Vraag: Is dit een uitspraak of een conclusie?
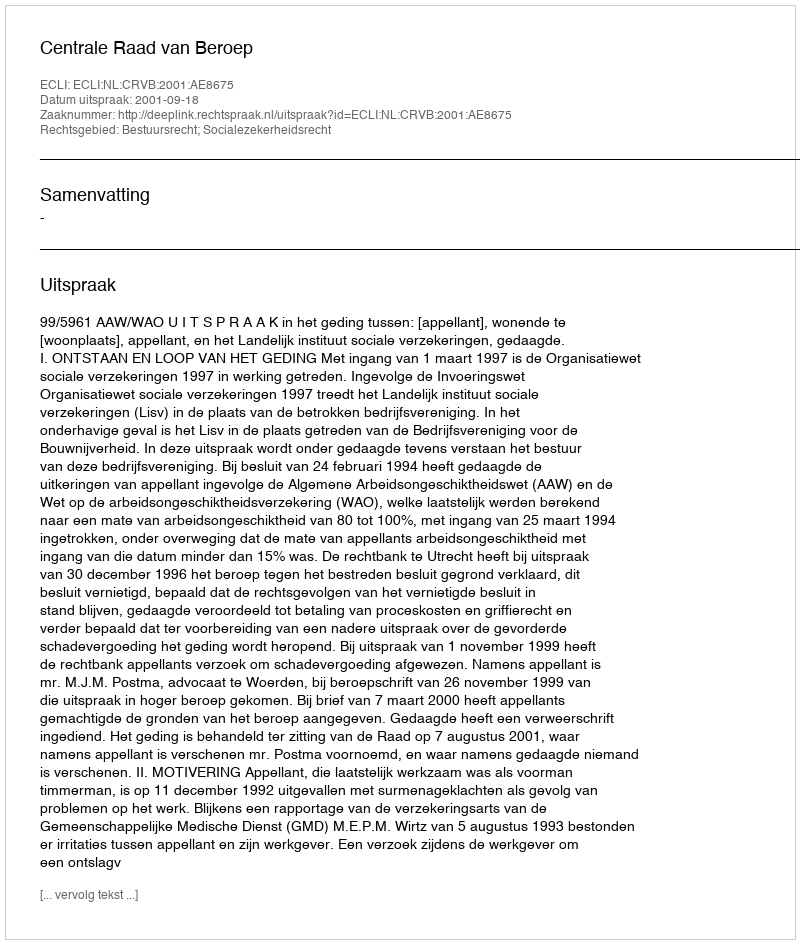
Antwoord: Uitspraak